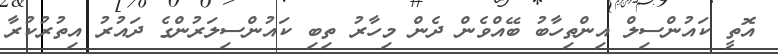
އޮތީ ކައުންސިލް އިންތިހާބު ބޭއްވެން ދެން މިހާރު ތިބި ކައުންސިލަރުންގެ ދައުރު އިތުރުކުރާ